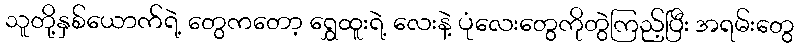
သူတို့နှစ်ယောက်ရဲ့ တွေကတော့ ရွှေထူးရဲ့ လေးနဲ့ ပုံလေးတွေကိုတွဲကြည့်ပြီး အရမ်းတွေ